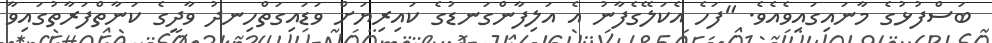
ބަސްފުޅުގެ މާނައިގައިވެއެވެ. "ފަހެ އެކަލޭގެފާނު އެ އަލިފާންގަނޑުގެ ކައިރިޔަށް ވަޑައިގަތްހިނދު ވާދީގެ ކަނާތްފަރާތުގައިވާ